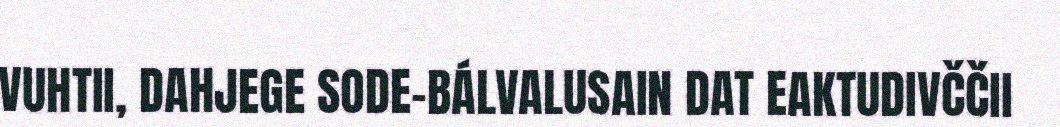
VUHTII, DAHJEGE SODE-BÁLVALUSAIN DAT EAKTUDIVČČII